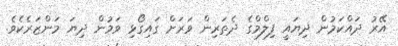
އޭރު ދައްކަމުން ދިޔައީ ފިލްމްގެ ދެތަރިން ވަރަށް ގައިގޯޅި ވަމުން ދިޔަ މަންޒަރެކެވެ.